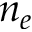
n _ { e }